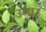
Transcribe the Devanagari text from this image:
उगार